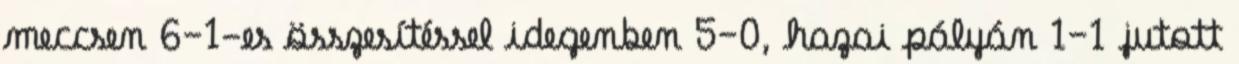
meccsen 6–1-es összesítéssel idegenben 5–0, hazai pályán 1–1 jutott